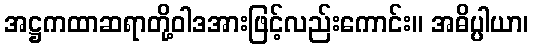
အဋ္ဌကထာဆရာတို့ဝါဒအားဖြင့်လည်းကောင်း။ အဓိပ္ပါယာ၊